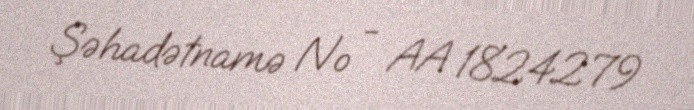
Şəhadətnamə № - AA 1824279